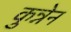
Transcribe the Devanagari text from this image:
कुन्नेन